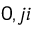
_ { 0 , j i }